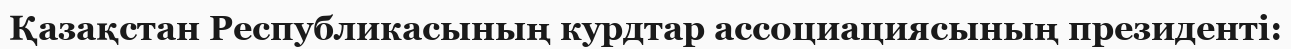
Қазақстан Республикасының курдтар ассоциациясының президенті: